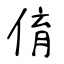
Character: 俼